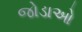
જોડાઓ